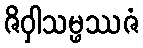
ဇိဝှါသမ္ဖဿဇံ